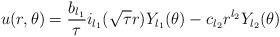
LaTeX: \begin{align*}u(r,\theta)=\frac{b_{l_1}}{\tau}i_{l_1}(\sqrt{\tau}r)Y_{l_1}(\theta)-c_{l_2}r^{l_2}Y_{l_2}(\theta)\end{align*}